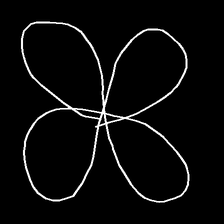
Glyph: billowing